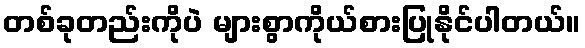
တစ်ခုတည်းကိုပဲ များစွာကိုယ်စားပြုနိုင်ပါတယ်။